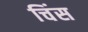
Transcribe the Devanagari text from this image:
चिंस